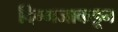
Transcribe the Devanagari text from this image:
दिग्गजाकडून